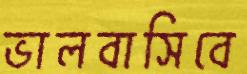
ভালবাসিবে